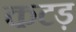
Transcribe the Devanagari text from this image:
कटड़